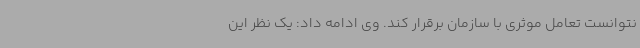
نتوانست تعامل موثری با سازمان برقرار کند. وی ادامه داد: یک نظر این